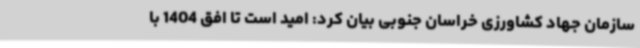
سازمان جهاد کشاورزی خراسان جنوبی بیان کرد: امید است تا افق 1404 با